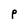
Character: P